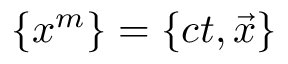
\{ x ^ { m } \} = \{ c t , { \vec { x } } \}